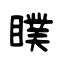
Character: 瞨